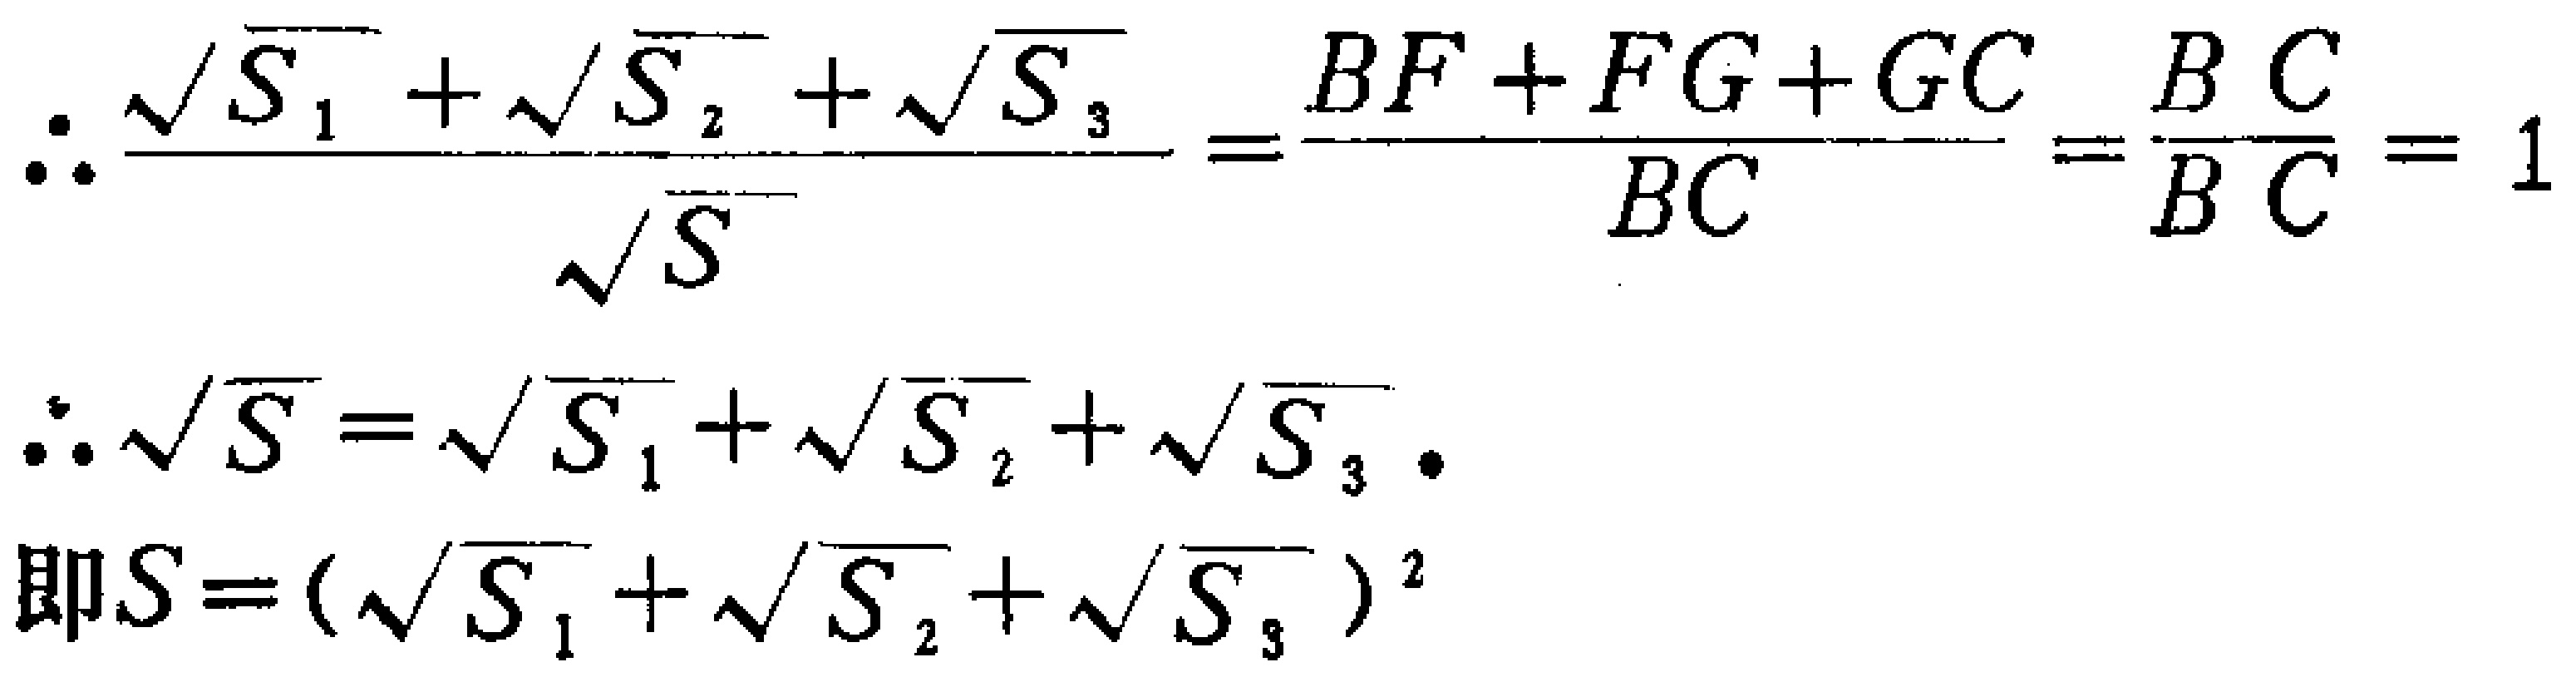
\[\begin{align*}

\therefore\frac{\sqrt{S_1}+\sqrt{S_2}+\sqrt{S_3}}{\sqrt{S}}&=\frac{BF + FG+GC}{BC}=\frac{BC}{BC}=1\\

\therefore\sqrt{S}&=\sqrt{S_1}+\sqrt{S_2}+\sqrt{S_3}\\

\text{即}S&=(\sqrt{S_1}+\sqrt{S_2}+\sqrt{S_3})^2

\end{align*}\]